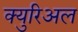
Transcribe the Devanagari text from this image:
क्युरिअल